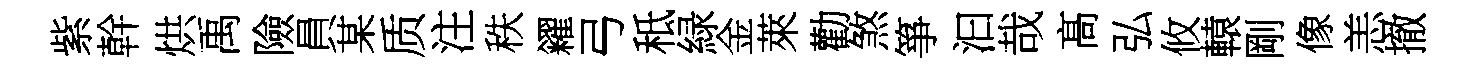
紫幹烘禹險員某质注秩糴弓秪緑金萊勸煞箏汩哉髙弘攸轅剛像恙撤